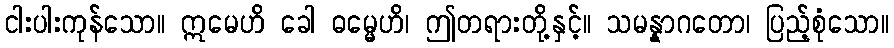
ငါးပါးကုန်သော။ ဣမေဟိ ခေါ ဓမ္မေဟိ၊ ဤတရားတို့နှင့်။ သမန္နာဂတော၊ ပြည့်စုံသော။